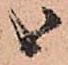
候